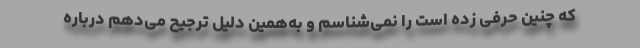
که چنین حرفی زده است را نمی‌شناسم و به‌همین دلیل ترجیح می‌دهم درباره